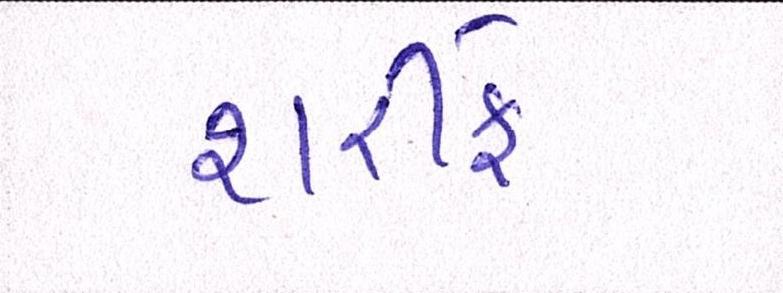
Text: શરીફે